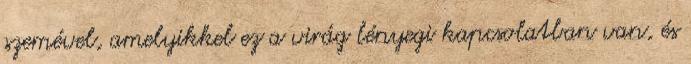
szemével, amelyikkel ez a virág lényegi kapcsolatban van, és